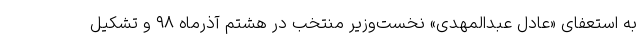
به استعفای «عادل عبدالمهدی» نخست‌وزیر منتخب در هشتم آذرماه ۹۸ و تشکیل